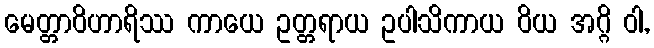
မေတ္တာဝိဟာရိဿ ကာယေ ဥတ္တရာယ ဥပါသိကာယ ဝိယ အဂ္ဂိ ဝါ,